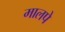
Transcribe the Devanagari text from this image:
मालपे